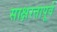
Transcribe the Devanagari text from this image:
साक्षरतापूर्व